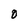
Character: 0